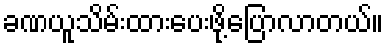
ခဏယူသိမ်းထားပေးဖို့ပြောလာတယ်။